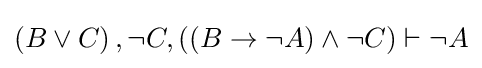
\left(B\lor C\right),\lnot C,\left(\left(B\rightarrow \lnot A\right)\land \lnot C\right)\vdash \lnot A